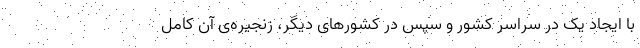
با ایجاد یک در سراسر کشور و سپس در کشورهای دیگر، زنجیره‌ی آن کامل